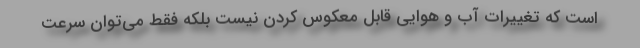
است که تغییرات آب و هوایی قابل معکوس کردن نیست بلکه فقط می‌توان سرعت